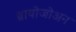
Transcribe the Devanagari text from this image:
ब्रायोजोअन